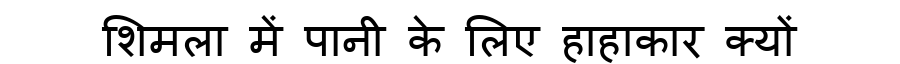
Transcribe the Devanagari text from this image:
शिमला में पानी के लिए हाहाकार क्यों